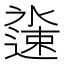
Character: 𬩏